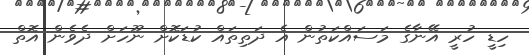
ހިޑީ ހުރީ އޭނާގެ މަސައްކަތުން އެ ދަތިތައް ކުޑަކޮށް ނޫހަށް ދެވެން އޮތް